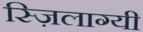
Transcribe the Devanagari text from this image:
स्ज़िलाग्यी